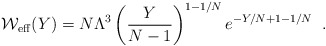
\begin{align*}{\cal W}_{\rm eff} (Y) = N \Lambda^3\left(\frac{Y}{N-1}\right)^{1-1/N} e^{-Y/N+1-1/N} \;\;.\end{align*}